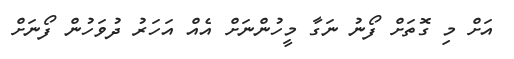
އަށް މި ގޮތަށް ފޯނު ނަގާ މީހުންނަށް އެއް އަހަރު ދުވަހުން ފޯނަށް